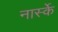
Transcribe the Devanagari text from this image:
नार्स्के